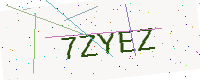
Text: 7ZYEZ